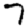
Digit: 7